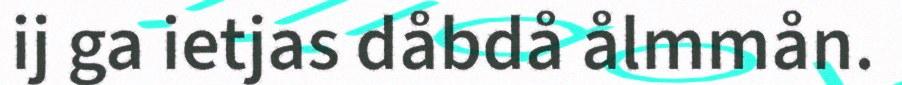
ij ga ietjas dåbdå ålmmån.